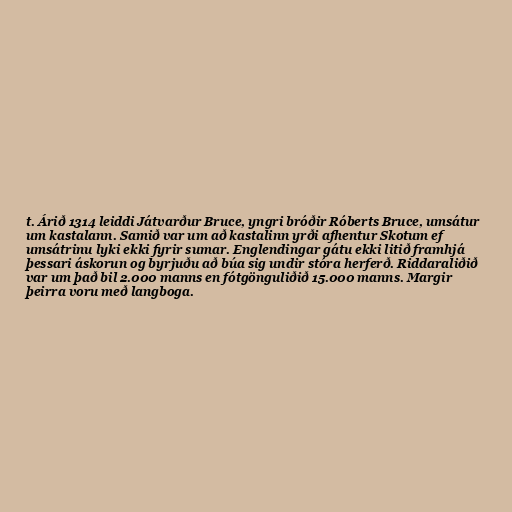
t. Árið 1314 leiddi Játvarður Bruce, yngri bróðir Róberts Bruce, umsátur
um kastalann. Samið var um að kastalinn yrði afhentur Skotum ef
umsátrinu lyki ekki fyrir sumar. Englendingar gátu ekki litið framhjá
þessari áskorun og byrjuðu að búa sig undir stóra herferð. Riddaraliðið
var um það bil 2.000 manns en fótgönguliðið 15.000 manns. Margir
þeirra voru með langboga.